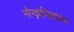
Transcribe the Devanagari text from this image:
नरेन्द्रपण्डिताच्या